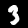
Digit: 3